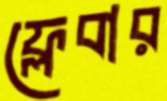
ফ্লেবার